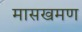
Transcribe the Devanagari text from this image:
मासखमण